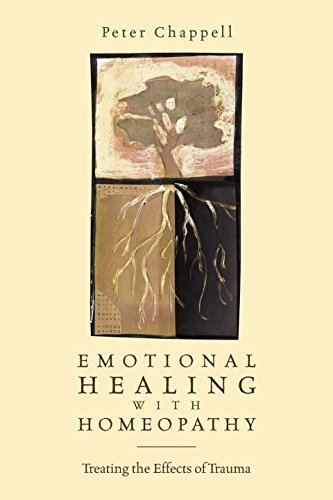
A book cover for Emotional Healing with Homeopathy: Treating the Effects of Trauma; Peter Chappell; Health, Fitness & Dieting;